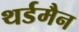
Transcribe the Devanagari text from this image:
थर्डमैन